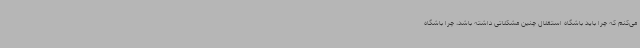
می‌کنم که چرا باید باشگاه استقلال چنین مشکلاتی داشته باشد، چرا باشگاه